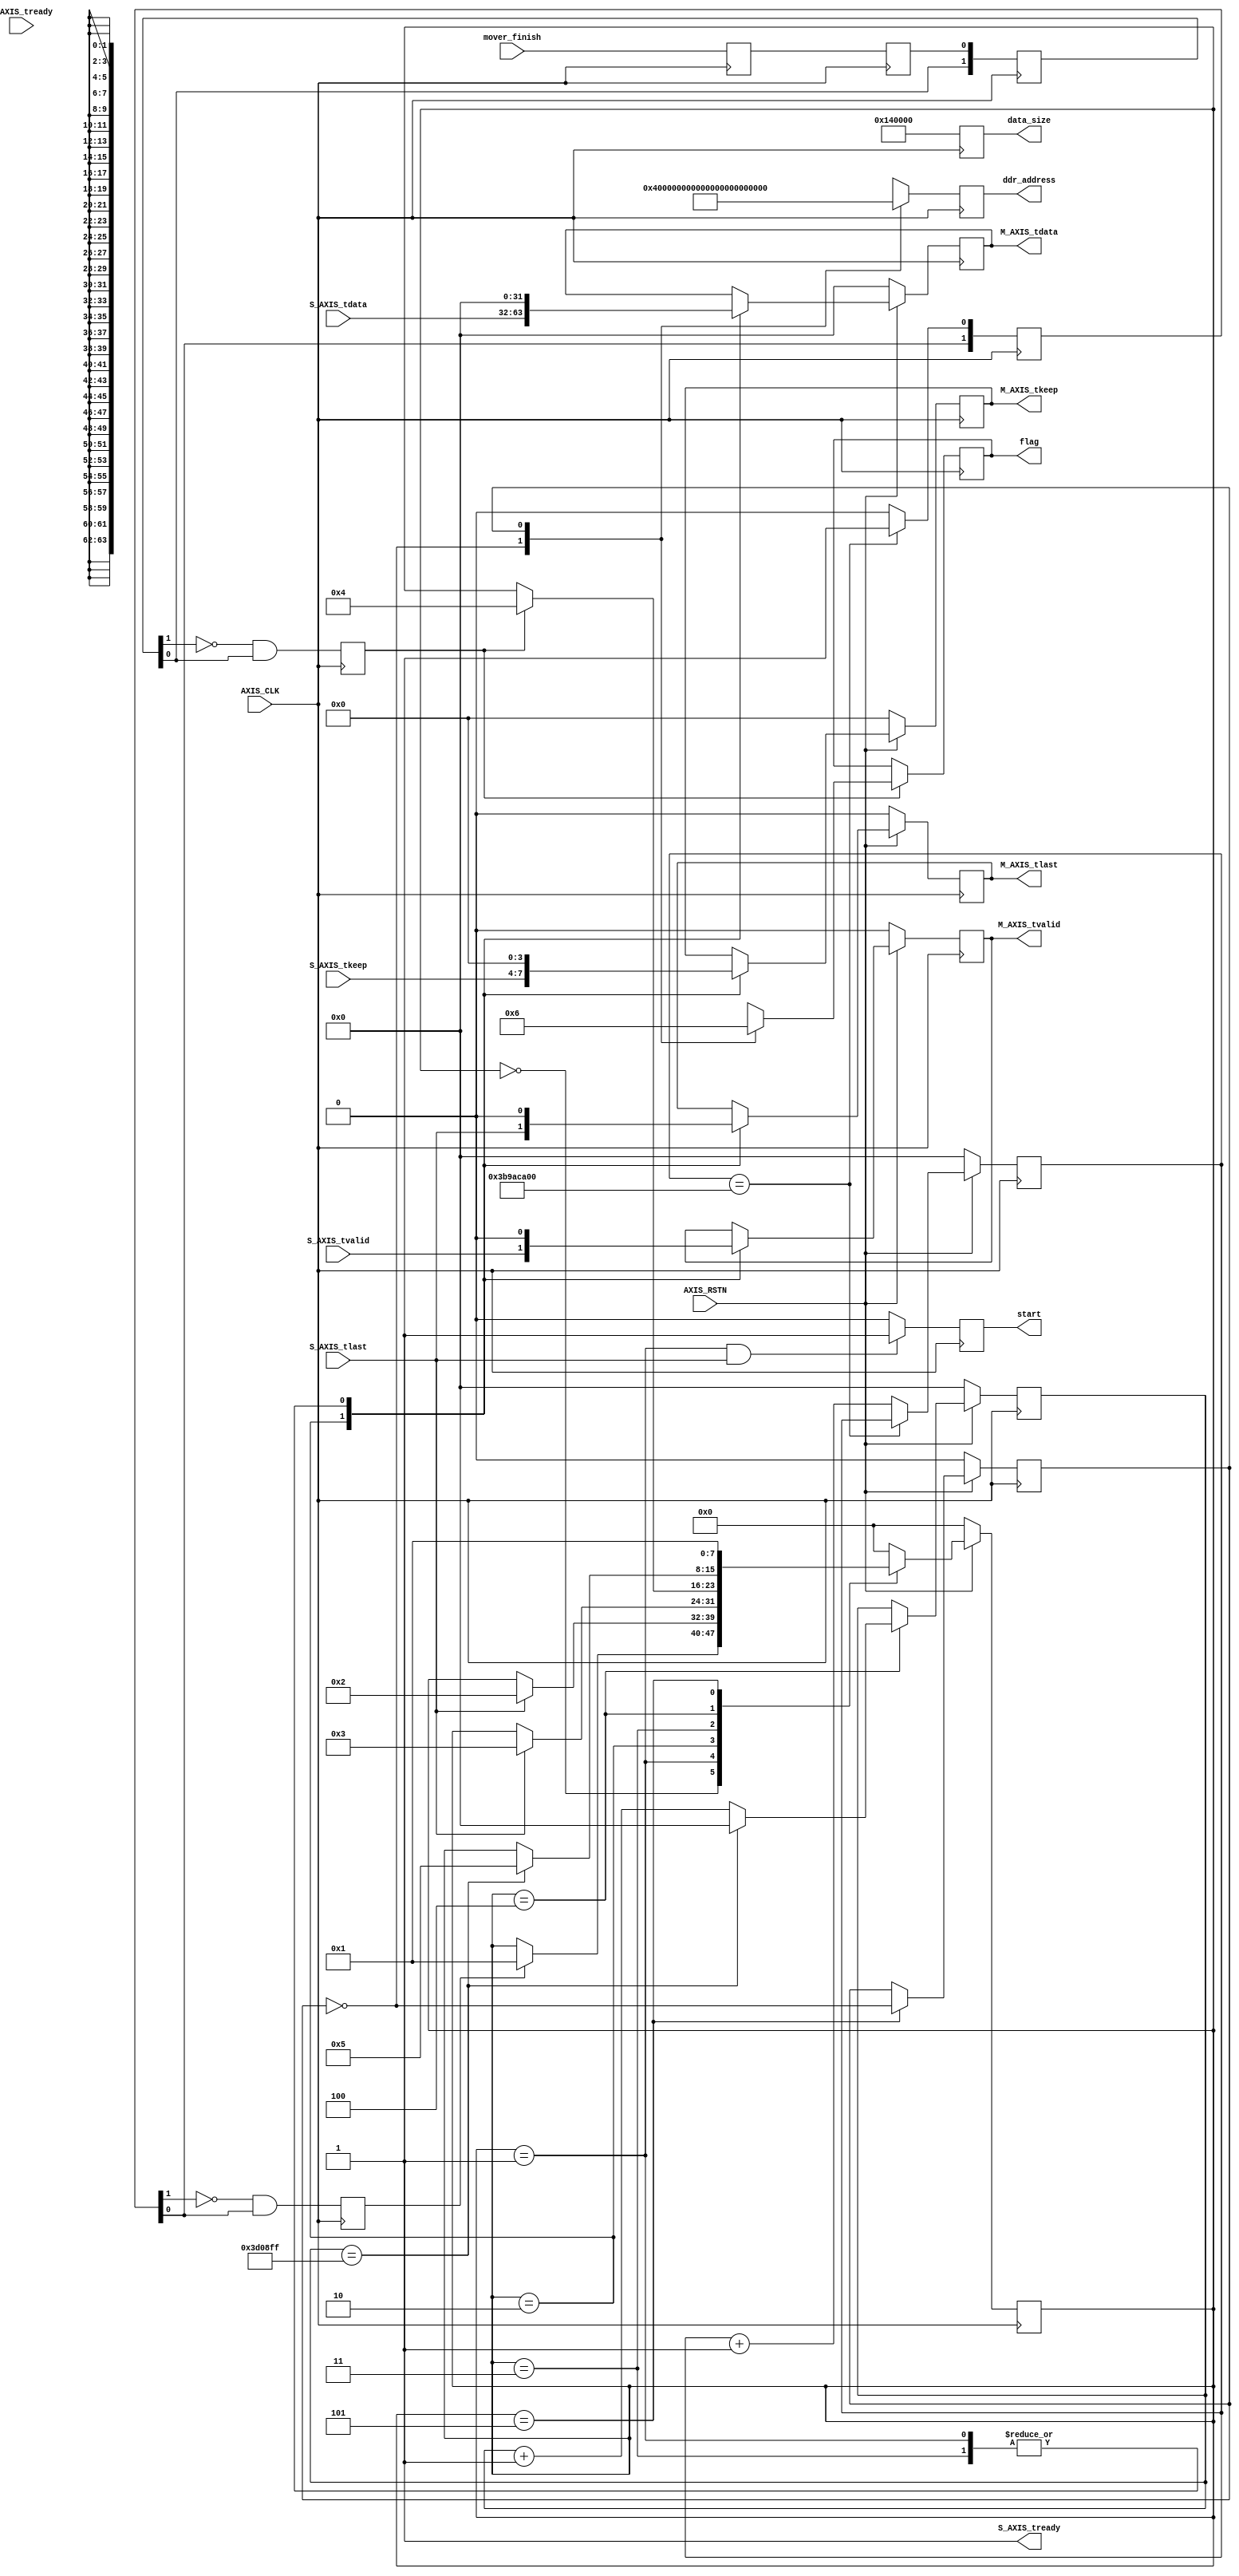
`timescale 1ns / 1ps
//////////////////////////////////////////////////////////////////////////////////
// Company: 
// Engineer: 
// 
// Design Name: 
// Module Name: frame_freq_ctrl
// Project Name: 
// Target Devices: 
// Tool Versions: 
// Description: 
// 
// Dependencies: 
// 
// Revision:
// Revision 0.01 - File Created
// Additional Comments:
// 
//////////////////////////////////////////////////////////////////////////////////


module frame_freq_ctrl(
    input               AXIS_CLK            ,
    input               AXIS_RSTN           ,
    //ccd_data
    input       [31:0]  S_AXIS_tdata        ,
    input       [3:0]   S_AXIS_tkeep        ,
    input               S_AXIS_tlast        ,
    output              S_AXIS_tready       ,
    input               S_AXIS_tvalid       ,
    //data_mover
    output  reg [31:0]  M_AXIS_tdata        ,
    output  reg [3:0]   M_AXIS_tkeep        ,
    output  reg         M_AXIS_tlast        ,
    input               M_AXIS_tready       ,
    output  reg         M_AXIS_tvalid       ,
    //ctrl
    // input               ccd_start           ,
    //
    output  reg [63:0]  data_size           ,
    output  reg [63:0]  ddr_address         ,
    output  reg         start               ,
    //intr
    input               mover_finish        ,
    output  reg [1:0]   flag = 2'd0
    );


//////////////////////////////////////////////////////////////////////////////
reg [31:0]   ready_cnt;
wire ccd_start;

always@(posedge AXIS_CLK)
begin
    if( !AXIS_RSTN )
        ready_cnt <= 32'd0;
    else if (ready_cnt == 32'd1000000000)             //////4*1000000000=4s
        ready_cnt <= ready_cnt;
    else
        ready_cnt <= ready_cnt +1;
end

assign ccd_start = (ready_cnt == 32'd1000000000) ? 1'b1 : 1'b0;

//////////////////////////////////////////////////////////////////////////////

reg [31:0]  cnt;
assign S_AXIS_tready = 1'b1;      
// assign S_AXIS_tready = M_AXIS_tready;

localparam DELAY_NUM = 4_000_000;//16ms

reg [7:0] frame_state = 8'd0;
reg [31:0] delay_cnt = 8'd0;
reg ping_pang_flag = 1'd0;

reg [1:0] ccd_start_buf = 2'b00;
reg [0:0] ccd_start_pos = 1'b0;

(* ASYNC_REG="true" *)reg [0:0] mover_finish_r0 = 1'b0;
(* ASYNC_REG="true" *)reg [0:0] mover_finish_r1 = 1'b0;
reg [1:0] mover_finish_buf = 2'b00;
reg [0:0] mover_finish_pos = 1'b0;

always@(posedge AXIS_CLK) begin
    ccd_start_buf <= {ccd_start_buf[0],ccd_start};
    ccd_start_pos <= (ccd_start_buf[1] == 1'b0) && (ccd_start_buf[0] == 1'b1);
    end

always@(posedge AXIS_CLK) begin
    mover_finish_r0 <= mover_finish;
    mover_finish_r1 <= mover_finish_r0;
    end

always@(posedge AXIS_CLK) begin
    mover_finish_buf <= {mover_finish_buf[0],mover_finish_r1};
    mover_finish_pos <= (mover_finish_buf[1] == 1'b0) && (mover_finish_buf[0] == 1'b1);
    end

always@(posedge AXIS_CLK) begin
    if(AXIS_RSTN == 0) begin
        M_AXIS_tdata  <= 32'b0;
        M_AXIS_tkeep  <= 4'b0;
        M_AXIS_tlast  <= 1'b0;
        M_AXIS_tvalid <= 1'b0;
        delay_cnt <= 32'd0;
        ping_pang_flag <= 1'd0;
        frame_state <= 8'd0;
        end
    else begin
        case(frame_state)
            8'd0:begin
                if(ccd_start_pos == 1'b1)
                    frame_state <= 8'd1;
                end
            8'd1:begin
                M_AXIS_tdata  <= 32'b0;
                M_AXIS_tkeep  <= 4'b0;
                M_AXIS_tlast  <= 1'b0;
                M_AXIS_tvalid <= 1'b0;
                if(S_AXIS_tlast == 1'b1)
                    frame_state <= 8'd2;
                    cnt <= 32'b0;
                end
            8'd2:begin
                M_AXIS_tdata  <= S_AXIS_tdata ;
                M_AXIS_tkeep  <= S_AXIS_tkeep ;
                M_AXIS_tlast  <= S_AXIS_tlast ;
                M_AXIS_tvalid <= S_AXIS_tvalid;
                cnt <= cnt + 1;
                if(S_AXIS_tlast)
                    frame_state <= 8'd3;
                    cnt <= 32'b0;
                end
            8'd3:begin
                M_AXIS_tdata  <= 32'b0;
                M_AXIS_tkeep  <= 4'b0;
                M_AXIS_tlast  <= 1'b0;
                M_AXIS_tvalid <= 1'b0;
                if(mover_finish_pos == 1'b1)
                    frame_state <= 8'd4;
                end
            8'd4:begin
                if(delay_cnt == DELAY_NUM-1) begin
                    frame_state <= 8'd5;
                    delay_cnt <= 32'd0;
                    end
                else
                    delay_cnt <= delay_cnt + 1;
                end
            8'd5:begin
                ping_pang_flag <= ~ping_pang_flag;
                frame_state <= 8'd1;
                // frame_state <= 8'd0;
                end
            default:frame_state <= 8'd0;
        endcase
        end
    end

always@(posedge AXIS_CLK) begin
    data_size   <= 64'd1280*64'd1024;
    end

always@(posedge AXIS_CLK) begin
    case(ping_pang_flag)
        0:ddr_address <= 64'h4000_0000;
        1:ddr_address <= 64'h6000_0000;
    endcase
    end

always@(posedge AXIS_CLK) begin
    if((frame_state == 8'd1) && (S_AXIS_tlast == 1'b1))
        start <= 1'b1;
    else
        start <= 1'b0;
    end

always@(posedge AXIS_CLK) begin
    if(mover_finish_pos == 1'b1) begin
        case(ping_pang_flag)
            0:flag <= 2'd1;
            1:flag <= 2'd2;
        endcase
        end
    else
        flag <= flag;
    end


endmodule